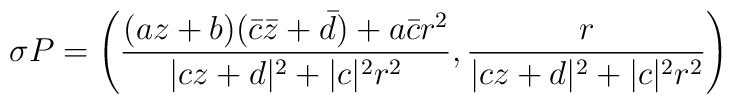
\sigma P=\left(\frac{(az+b)(\bar c\bar z+\bar d)+a\bar cr^2}{|cz+d|^2+|c|^2r^2},\frac{r}{|cz+d|^2+|c|^2r^2}\right)